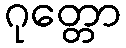
ဂုတ္တော